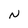
Character: N